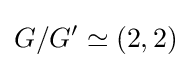
G/G'\simeq (2,2)